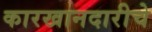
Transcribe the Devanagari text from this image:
कारखानदारीचे